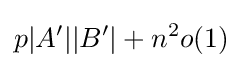
p|A'||B'|+n^{2}o(1)